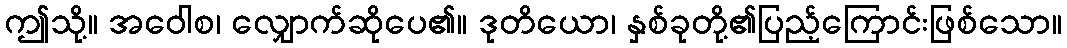
ဤသို့။ အဝေါစ၊ လျှောက်ဆိုပေ၏။ ဒုတိယော၊ နှစ်ခုတို့၏ပြည့်ကြောင်းဖြစ်သော။